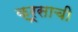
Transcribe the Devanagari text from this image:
क्रूसाची